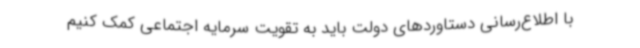
با اطلاع‌رسانی دستاوردهای دولت باید به تقویت سرمایه اجتماعی کمک کنیم